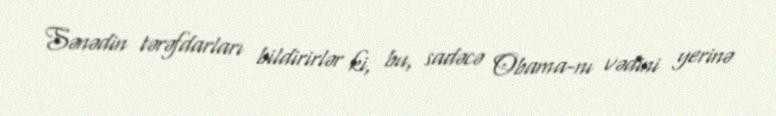
Sənədin tərəfdarları bildirirlər ki, bu, sadəcə Obama-nı vədini yerinə